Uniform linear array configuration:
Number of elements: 64
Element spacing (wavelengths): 0.75
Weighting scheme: blackman
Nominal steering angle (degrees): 60
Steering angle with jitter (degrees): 61.834
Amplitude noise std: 0.05
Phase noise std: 0.05

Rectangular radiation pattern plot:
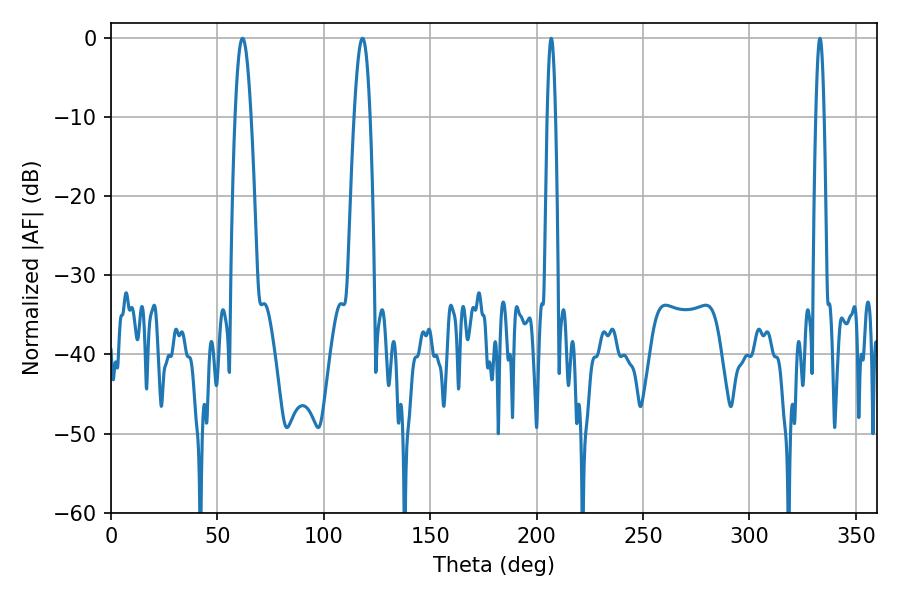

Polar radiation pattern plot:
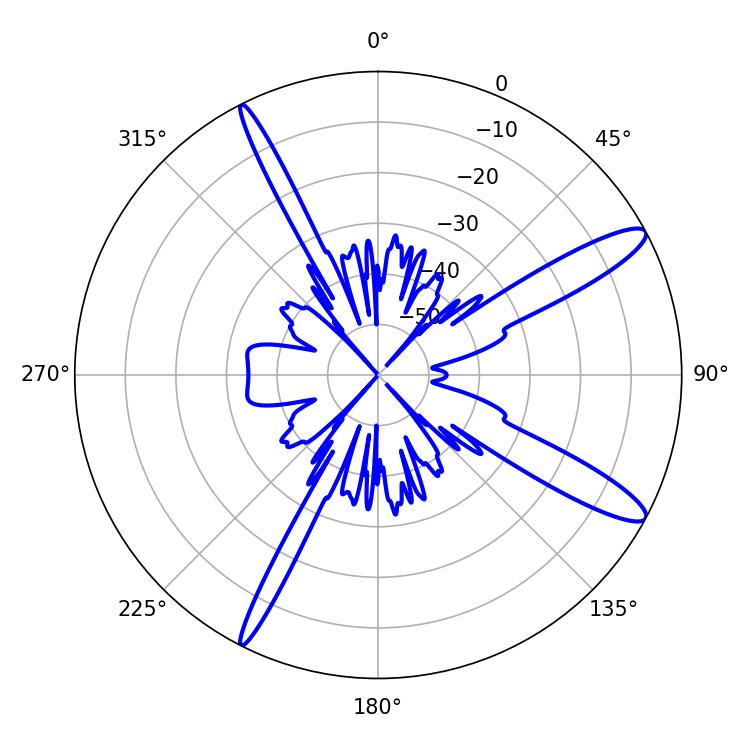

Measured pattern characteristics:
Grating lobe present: TRUE
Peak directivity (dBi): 12.984
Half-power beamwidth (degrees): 4.14
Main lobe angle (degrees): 118.26